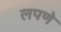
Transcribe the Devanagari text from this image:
लपणे